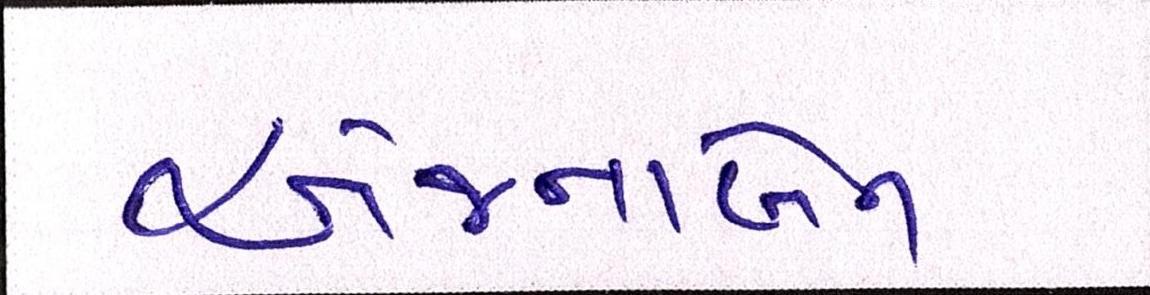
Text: અંજનાબેન